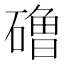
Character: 𰧞